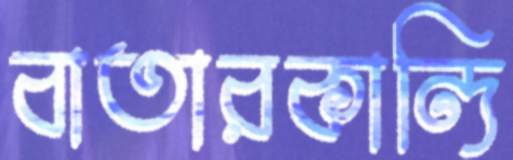
বাতারকান্দি